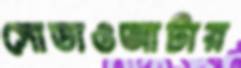
সোডাওআটার